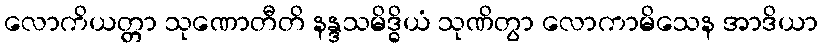
လောကိယတ္တာ သုဏောတီတိ နန္ဒသမိဒ္ဓိယံ သုဏိတွာ လောကာမိသေန အာဒိယာ